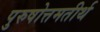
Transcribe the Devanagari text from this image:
पुरुषोत्तमतीर्थ